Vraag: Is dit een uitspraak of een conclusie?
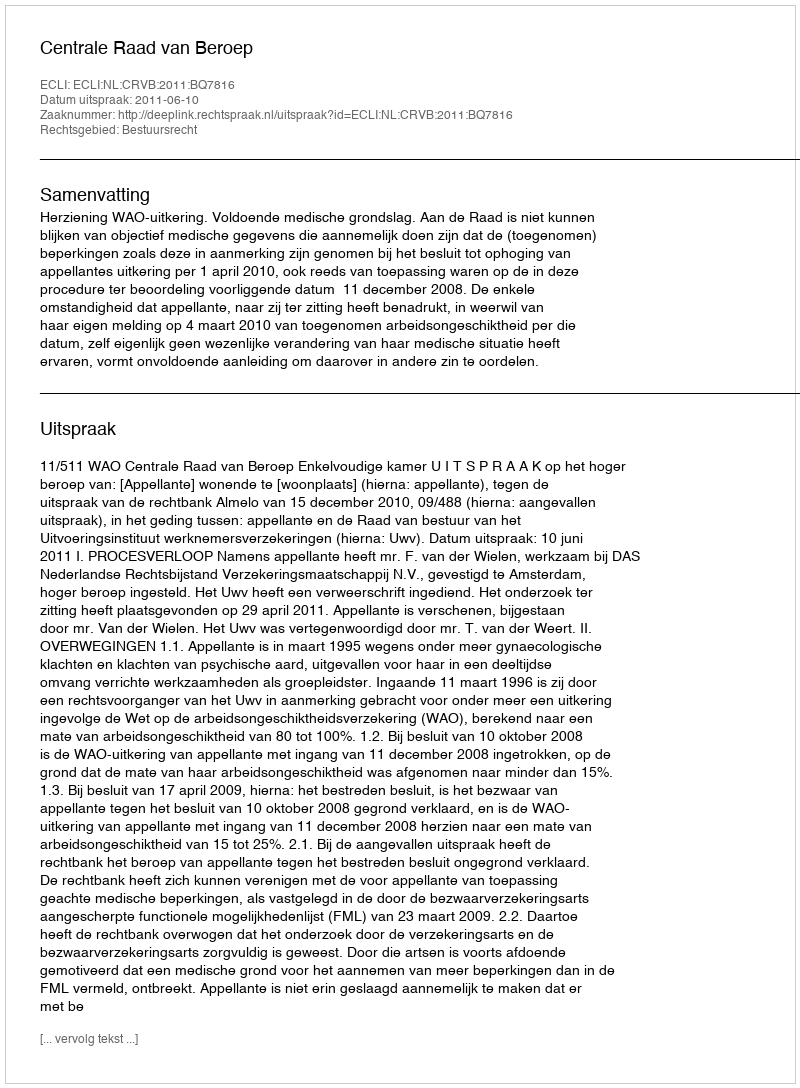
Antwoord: Uitspraak